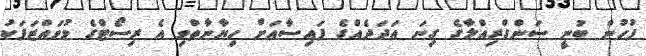
ފުުހުން ބުނީ ސަންގްރިއްލާގެ ގިނަ އަދަދެއްގެ ފައިސާއަށް ހިޔާނާތްވި އެ ރިސޯޓްގެ މުވައްޒަފަކު